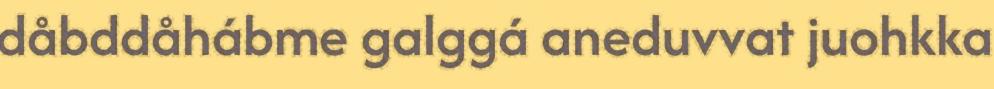
dåbddåhábme galggá aneduvvat juohkka